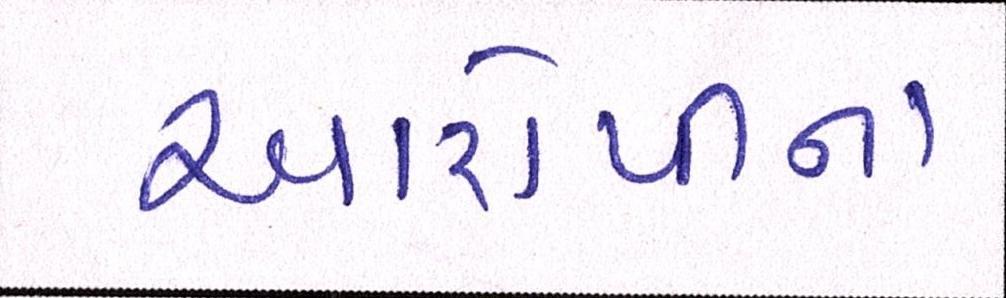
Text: આરોપીના